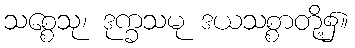
သစ္စေသု၊ ဒုက္ခသမု ဒယသစ္စာတို့၌။